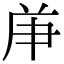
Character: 𠩖